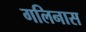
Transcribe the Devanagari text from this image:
गलिनास